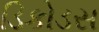
ડિકોડસ